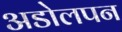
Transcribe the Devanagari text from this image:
अडोलपन